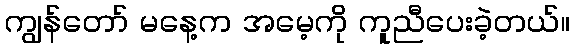
ကျွန်တော် မနေ့က အမေ့ကို ကူညီပေးခဲ့တယ်။